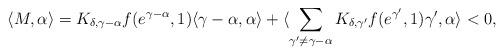
LaTeX: \begin{align*}\langle M,\alpha\rangle=K_{\delta,\gamma-\alpha}f(e^{\gamma-\alpha},1)\langle\gamma-\alpha,\alpha\rangle+\langle\sum_{\gamma^{\prime}\not =\gamma-\alpha}K_{\delta,\gamma^{\prime}}f(e^{\gamma^{\prime}},1)\gamma^{\prime},\alpha\rangle<0,\end{align*}